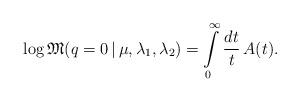
LaTeX: \begin{align*}\log\mathfrak{M}(q=0\,|\,\mu,\lambda_1,\lambda_2)=\int\limits_0^\infty\frac{dt}{t} \, A(t).\end{align*}